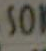
101